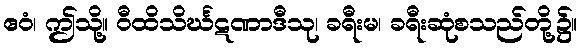
ဧဝံ၊ ဤသို့။ ဝီထိသိင်္ဃဋဏာဒီသု၊ ခရီးမ၊ ခရီးဆုံစသည်တို့၌။